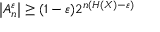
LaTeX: \left| A _ { n } ^ { \varepsilon } \right| \geq ( 1 - \varepsilon ) 2 ^ { n ( H ( X ) - \varepsilon ) }